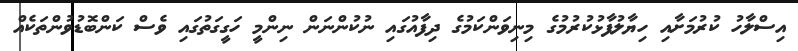
އިސްލާހު ކުރުމަށާއި ހިޔާލުފާޅުކުރުމުގެ މިނިވަންކަމުގެ ދިފާއުގައި ނުކުންނަން ނިންމީ ހަގީގަތުގައި ވެސް ކަންބޮޑުވުންތަކެއް